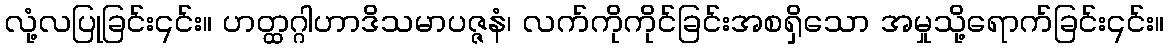
လုံ့လပြုခြင်း၎င်း။ ဟတ္ထဂ္ဂါဟာဒိသမာပဇ္ဇနံ၊ လက်ကိုကိုင်ခြင်းအစရှိသော အမှုသို့ရောက်ခြင်း၎င်း။